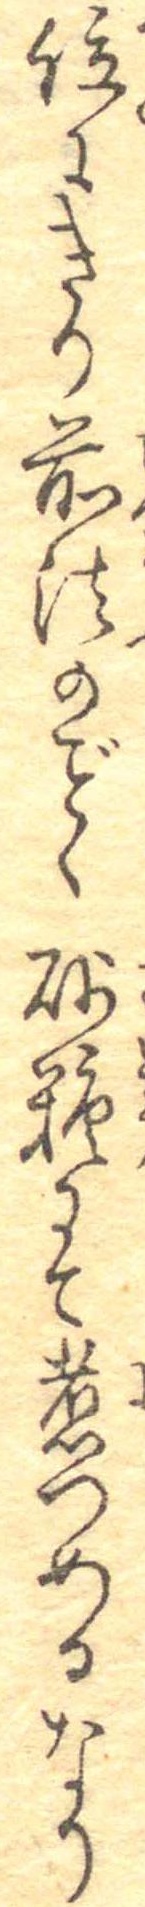
位にきり前法のく砂糖にて煮つめるなり